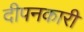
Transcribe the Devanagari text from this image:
दीपनकारी